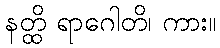
နတ္ထိ ရာဂေါတိ၊ ကား။